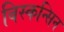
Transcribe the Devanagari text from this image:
विस्कन्सिन